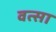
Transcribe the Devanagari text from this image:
वत्सा